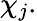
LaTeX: \chi_{j}.